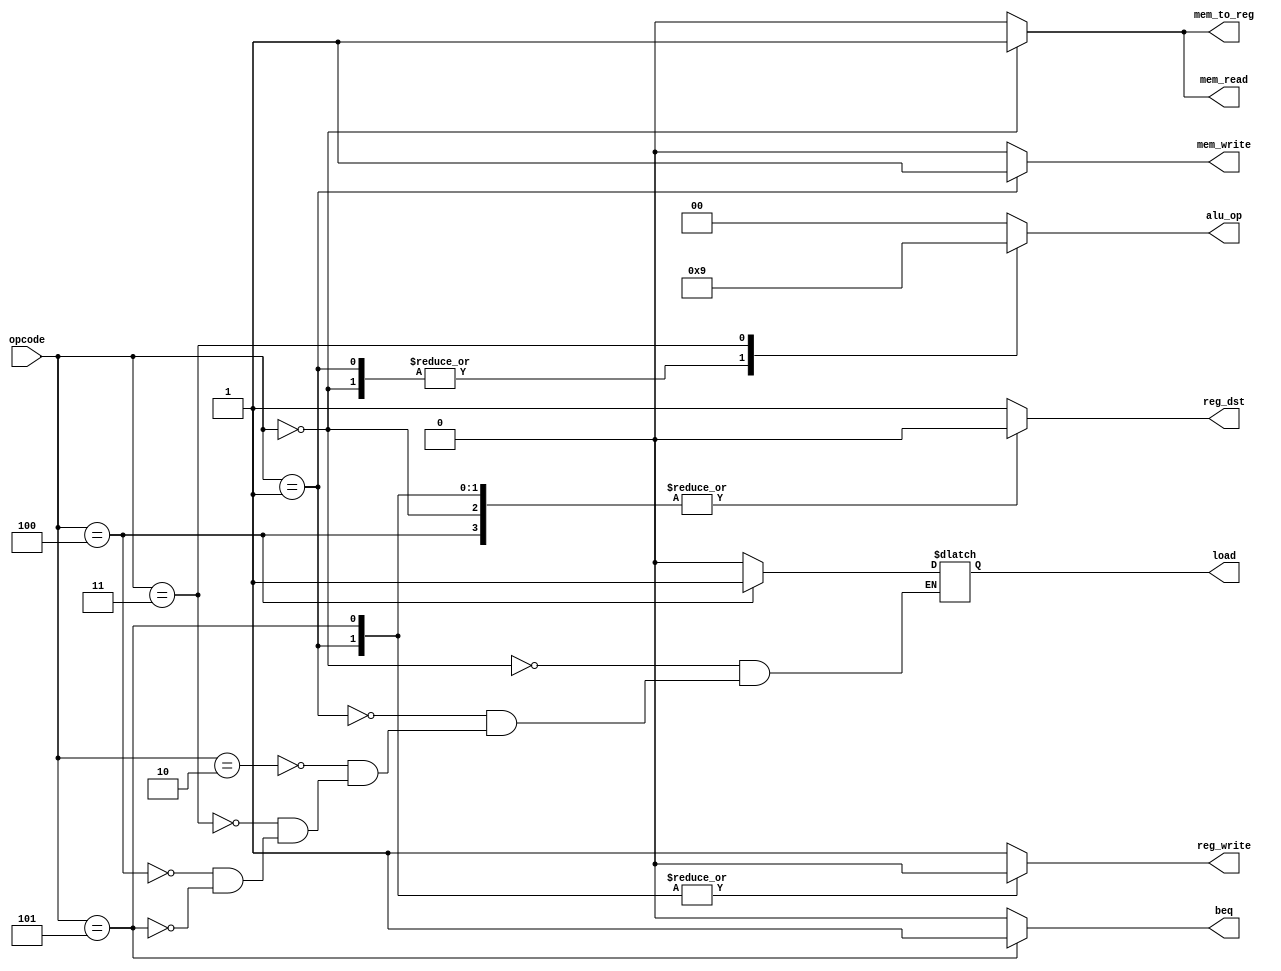
`timescale 1ns / 1ps
// fpga4student.com 
// FPGA projects, VHDL projects, Verilog projects 
// Verilog code for RISC Processor 
// Verilog code for Control Unit 
module Control_Unit(
      input[3:0] opcode,
      output reg[1:0] alu_op,
      output reg beq,mem_read,mem_write,reg_dst,mem_to_reg,reg_write,load   
    );


always @(*)
begin
 case(opcode) 
 4'b0000:  // LW
   begin
    reg_dst <= 1'b0;
    mem_to_reg <= 1'b1;
    reg_write <= 1'b1;
    mem_read <= 1'b1;
    mem_write <= 1'b0;
    beq <= 1'b0;
    alu_op <= 2'b10;
     load <= 0;
   end
 4'b0001:  // SW
   begin
    reg_dst <= 1'b0;
    mem_to_reg <= 1'b0;
    reg_write <= 1'b0;
    mem_read <= 1'b0;
    mem_write <= 1'b1;
    beq <= 1'b0;
    alu_op <= 2'b10;
     load <= 0;
   end
 4'b0010:  // add
   begin
    reg_dst <= 1'b1;
    mem_to_reg <= 1'b0;
    reg_write <= 1'b1;
    mem_read <= 1'b0;
    mem_write <= 1'b0;
    beq <= 1'b0;
    alu_op <= 2'b00;
     load <= 0;
   end
    4'b0011:  // subtract
   begin
    reg_dst <= 1'b1;
    mem_to_reg <= 1'b0;
    reg_write <= 1'b1;
    mem_read <= 1'b0;
    mem_write <= 1'b0;
    beq <= 1'b0;
    alu_op <= 2'b01;
     load <= 0;
   end
    4'b0100:  // load const 
   begin
    reg_dst <= 1'b0;
    mem_to_reg <= 1'b0;
    reg_write <= 1'b1;
    mem_read <= 1'b0;
    mem_write <= 1'b0;
    beq <= 1'b0;
    alu_op <= 2'b00;
     load <= 1;
   end
 4'b0101:  // BEQ
   begin
    reg_dst <= 1'b0;
    mem_to_reg <= 1'b0;
    reg_write <= 1'b0;
    mem_read <= 1'b0;
    mem_write <= 1'b0;
    beq <= 1'b1;
    alu_op <= 2'b00;
     load <= 0;
   end

 default: begin
    reg_dst <= 1'b1;
    mem_to_reg <= 1'b0;
    reg_write <= 1'b1;
    mem_read <= 1'b0;
    mem_write <= 1'b0;
    beq <= 1'b0;
    alu_op <= 2'b00; 
   end
 endcase
 end

endmodule